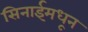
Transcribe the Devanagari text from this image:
सिनाईमधून